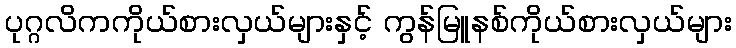
ပုဂ္ဂလိကကိုယ်စားလှယ်များနှင့် ကွန်မြူနစ်ကိုယ်စားလှယ်များ